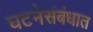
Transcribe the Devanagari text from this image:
घटनेसंबंधात